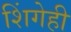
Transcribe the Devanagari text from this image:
शिंगेही